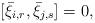
LaTeX: \begin{align*} [\bar{\xi}_{i,r}, \bar{\xi}_{j,s}]=0,\end{align*}